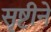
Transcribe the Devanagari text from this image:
सृष्टीने